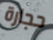
حجارة